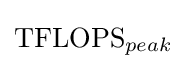
{\text{TFLOPS}}_{peak}